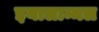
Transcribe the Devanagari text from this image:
इयालाम्मल